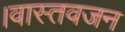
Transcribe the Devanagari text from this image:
।वास्तवजन